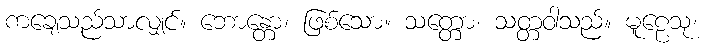
ကချေသည်သာလျှင်။ ဘောန္တော၊ ဖြစ်သော။ သတ္တော၊ သတ္တဝါသည်။ မူဠေသု၊